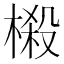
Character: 榝